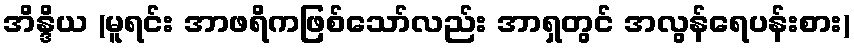
အိန္ဒိယ (မူရင်း အာဖရိကဖြစ်သော်လည်း အာရှတွင် အလွန်ရေပန်းစား)